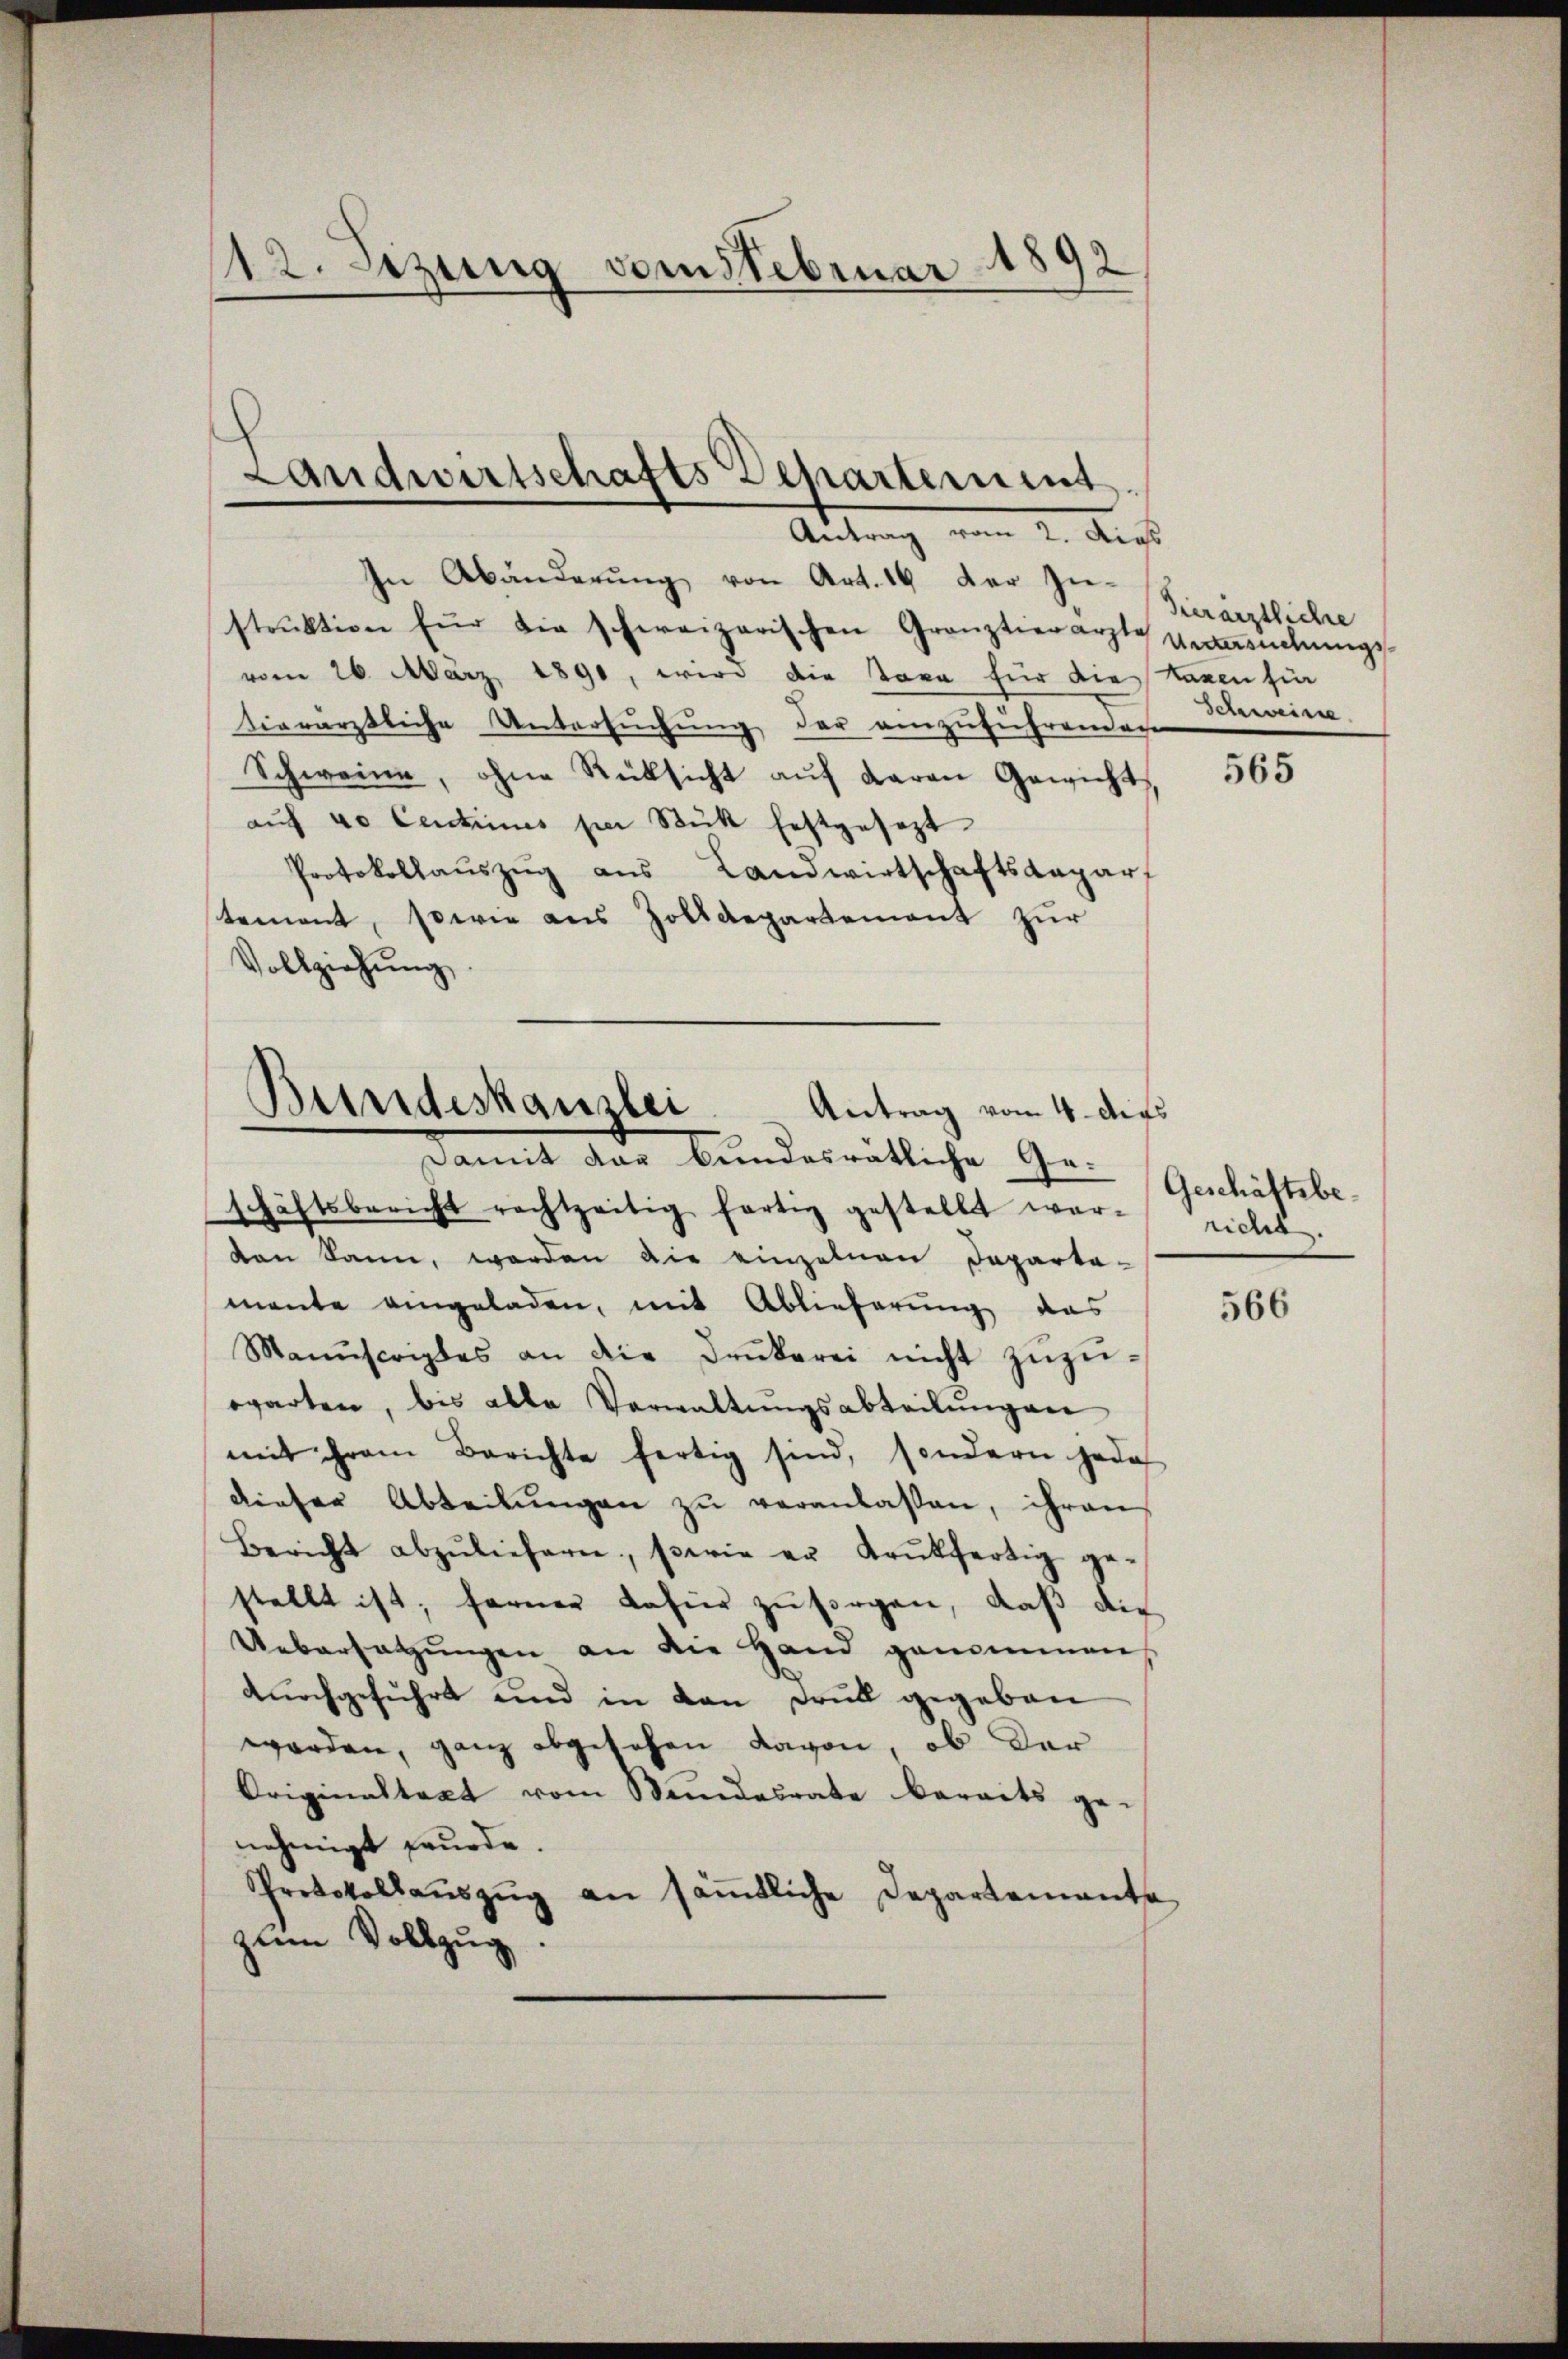
92
112. Sitzung vom Stebruar 1

In Abänderŭng von Art. 16 der Zu-
strŭktion für die schweizerischen Gränztierarzte Versŭchŭngs-
vom 26. März 1890, wird die Taxe für die taxen für
tierärztliche Untersuchung der einzuführendache
Schweine, ohne Rüksicht aŭf daran Gewicht,
auf 40 Centinues per Stük festgesezt
Protokollaŭszŭg aŭs Landwirtschaftsdepar
tement, sowie aus Zolldepartement zur
Vollziehŭng
schäftsbericht rechtzeitig fortig gestellt worten kann, worden die einzelnen Departa-
mante eingeladen, mit Ablieferung das
Manuscriptes an die Drukerei nicht zŭzŭ-
warten, bis alle Verwaltungsabteilŭngen
mit ihrem Berichte fertig sind, sondern jede
dieser Abteilŭngen zŭ veranlassen, ihren
Bericht abzŭliefern, wie er Krŭkfertig ge-
stellt ist; ferner dahier zŭ sorgen, daß die
Uebersatzungen an die Hand genommen
dŭrchgeführt und in dan Fall gegeben
worden, ganz abgesehen davon, ob dar
Originaltakt vom Standesrate bereits ge-
nehmigt frurde.
Protokollaŭszŭg an säṁtliche Departemente
zum Vollzug

Landwirtschafts Separtement.
Antrag vom 2. dies

Bundeskanzlei. Antrag vom 4. dies
Damit das bundesratliche Ge-

hierärztliche
Scherweisse.

565

Geschäftsbericht.

566